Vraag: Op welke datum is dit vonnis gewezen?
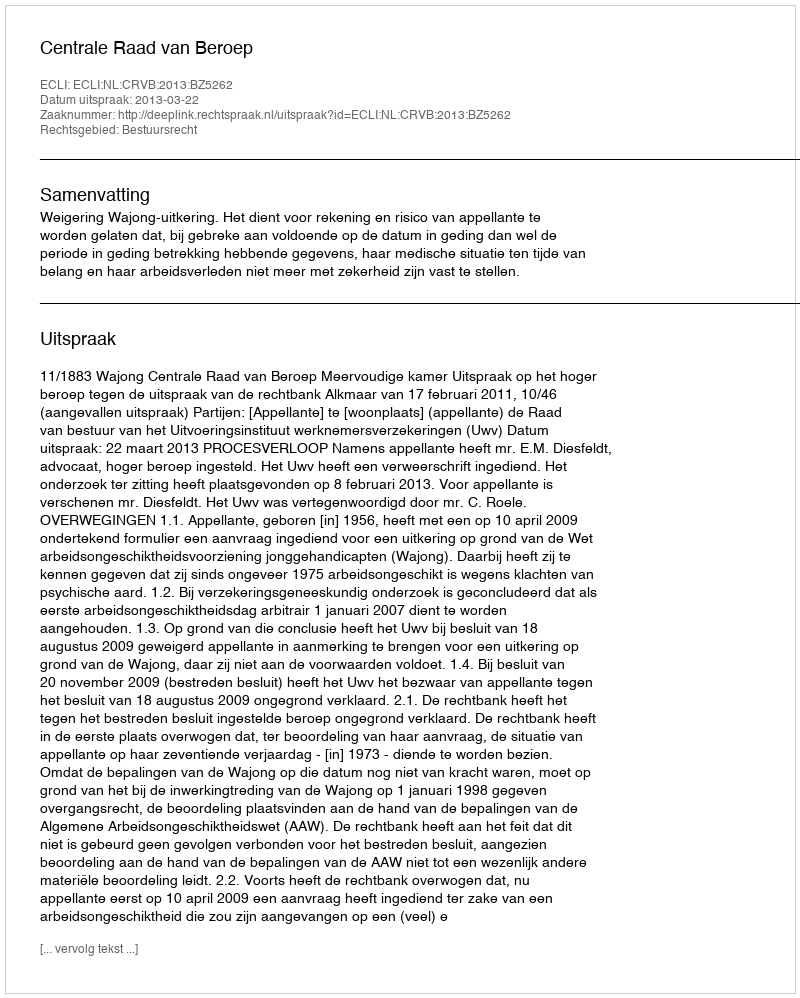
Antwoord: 2013-03-22